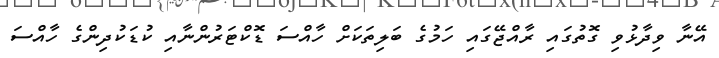
އޭނާ ވިދާޅުވި ގޮތުގައި ރާއްޖޭގައި ހަމުގެ ބަލިތަކަށް ހާއްސަ ޑޮކްޓަރުންނާއި ކުޑަކުދިންގެ ހާއްސަ